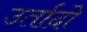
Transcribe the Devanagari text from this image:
उर्तादो